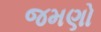
જમણો